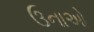
ઉનાઓ